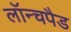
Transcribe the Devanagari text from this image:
लॉन्चपैड